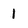
Character: 1